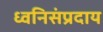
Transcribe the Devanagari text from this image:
ध्वनिसंप्रदाय